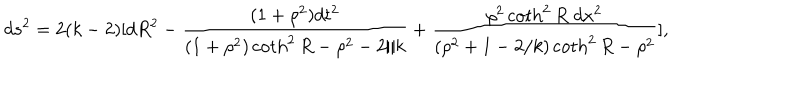
d s ^ { 2 } = 2 ( k - 2 ) [ d R ^ { 2 } - \frac { ( 1 + \rho ^ { 2 } ) d t ^ { 2 } } { ( 1 + \rho ^ { 2 } ) \coth ^ { 2 } R - \rho ^ { 2 } - 2 / k } + \frac { \rho ^ { 2 } \coth ^ { 2 } R \; d x ^ { 2 } } { ( \rho ^ { 2 } + 1 - 2 / k ) \coth ^ { 2 } R - \rho ^ { 2 } } ] ,